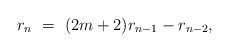
LaTeX: \begin{align*} r_{n} \ = \ (2m+2) r_{n-1}- r_{n-2},\end{align*}